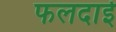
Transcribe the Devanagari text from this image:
फलदाई